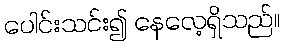
ပေါင်းသင်း၍ နေလေ့ရှိသည်။